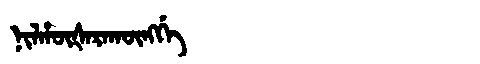
Manchu: ᠨᡳᠯᡥᡡᡧᠠᡵᠠᡴᡡᠩᡤᡝ
Romanization: NILHŪŠARAKŪNGGE